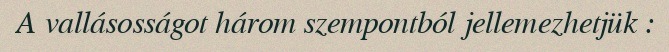
A vallásosságot három szempontból jellemezhetjük :